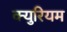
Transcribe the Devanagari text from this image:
क्युरियम